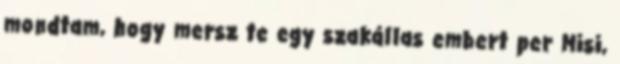
mondtam, hogy mersz te egy szakállas embert per Misi,